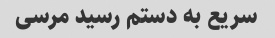
سریع به دستم رسید مرسی